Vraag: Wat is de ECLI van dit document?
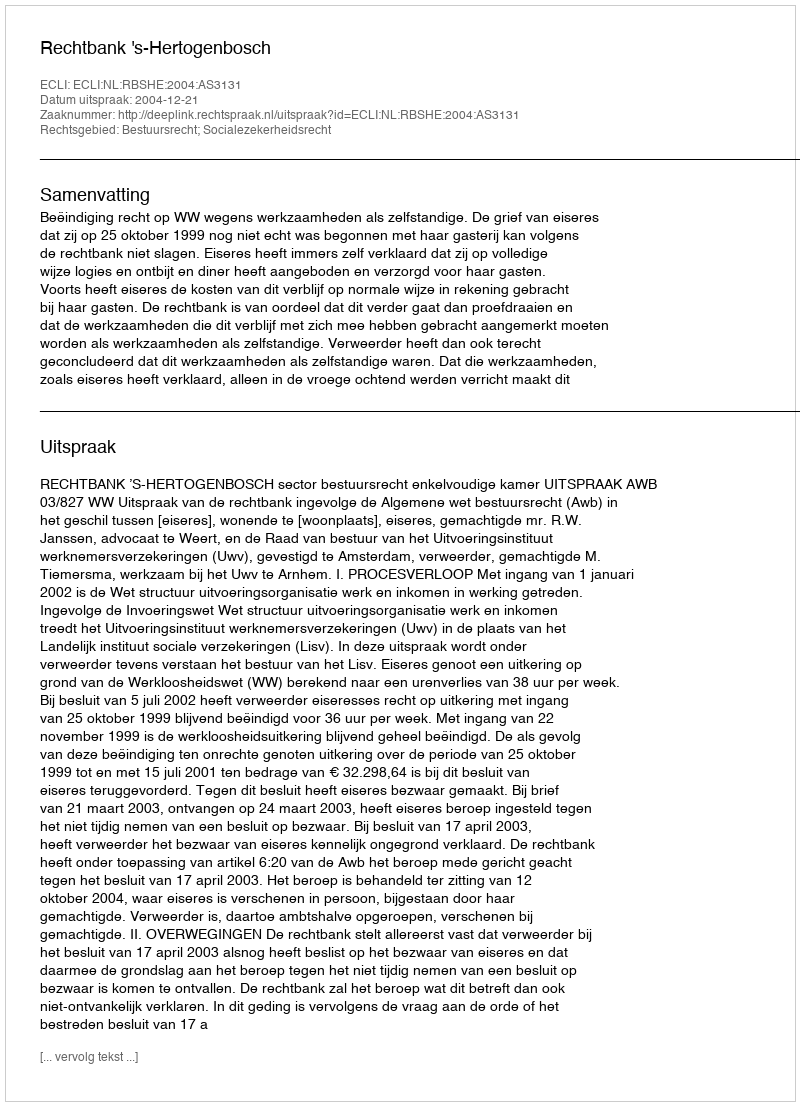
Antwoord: ECLI:NL:RBSHE:2004:AS3131